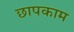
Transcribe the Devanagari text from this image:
छापकाम